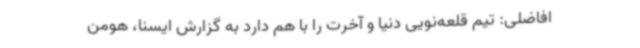
افاضلی: تیم قلعه‌نویی دنیا و آخرت را با هم دارد به گزارش ایسنا، هومن